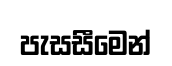
පැසසීමෙන්